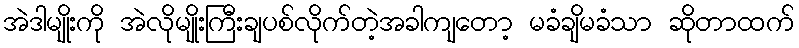
အဲဒါမျိုးကို အဲလိုမျိုးကြီးချပစ်လိုက်တဲ့အခါကျတော့ မခံချိမခံသာ ဆိုတာထက်